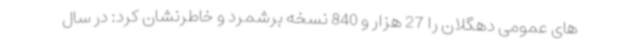
های عمومی دهگلان را 27 هزار و 840 نسخه برشمرد و خاطرنشان کرد: در سال